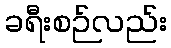
ခရီးစဉ်လည်း